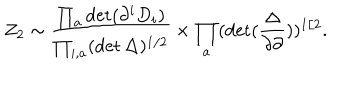
Z _ { 2 } \sim \frac { \prod _ { a } \det ( \partial ^ { i } D _ { i } ) } { \prod _ { i , a } ( \det \Delta ) ^ { 1 / 2 } } \times \prod _ { a } ( \det ( \frac { \Delta } { \partial \partial } ) ) ^ { 1 / 2 } .